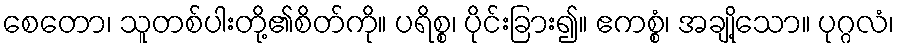
စေတော၊ သူတစ်ပါးတို့၏စိတ်ကို။ ပရိစ္စ၊ ပိုင်းခြား၍။ ဧကစ္စံ၊ အချို့သော။ ပုဂ္ဂလံ၊